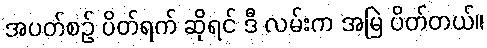
အပတ်စဉ် ပိတ်ရက် ဆိုရင် ဒီ လမ်းက အမြဲ ပိတ်တယ်။